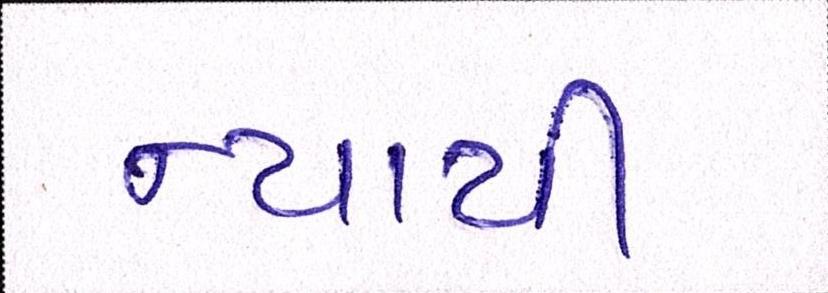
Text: ન્યાયી